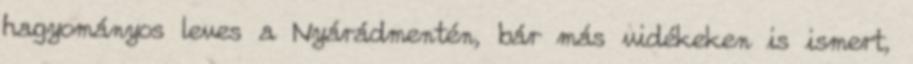
hagyományos leves a Nyárádmentén, bár más vidékeken is ismert,